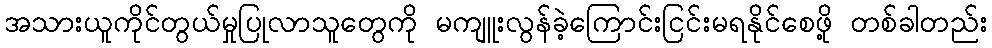
အသားယူကိုင်တွယ်မှုပြုလာသူတွေကို မကျူးလွန်ခဲ့ကြောင်းငြင်းမရနိုင်စေဖို့ တစ်ခါတည်း